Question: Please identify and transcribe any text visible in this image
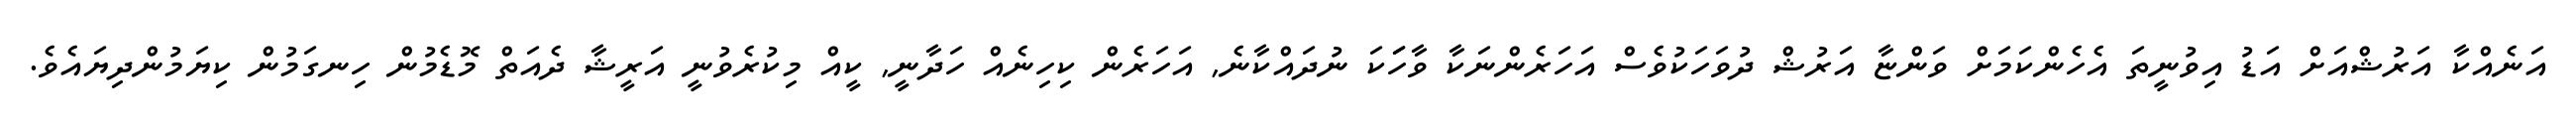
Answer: އަނެއްކާ އަރުޝްއަށް އަޑު އިވުނީތަ އެހެންކަމަށް ވަންޏާ އަރުޝް ދުވަހަކުވެސް އަހަރެންނަކާ ވާހަަކަ ނުދައްކާނެ, އަހަރެން ކިހިނެއް ހަދާނީ, ކީއް މިކުރެވުނީ އަރީޝާ ދެއަތް މޮޑެމުން ހިނގަމުން ކިޔަމުންދިޔައެވެ.